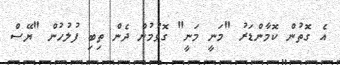
އެ ގޮތުން ކޮމާންޑަރު "މަނީ މަނީ" ގޮވުމުން ދެން ތިބި ފުލުހުން "ޔޭސް